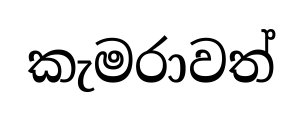
කැමරාවත්